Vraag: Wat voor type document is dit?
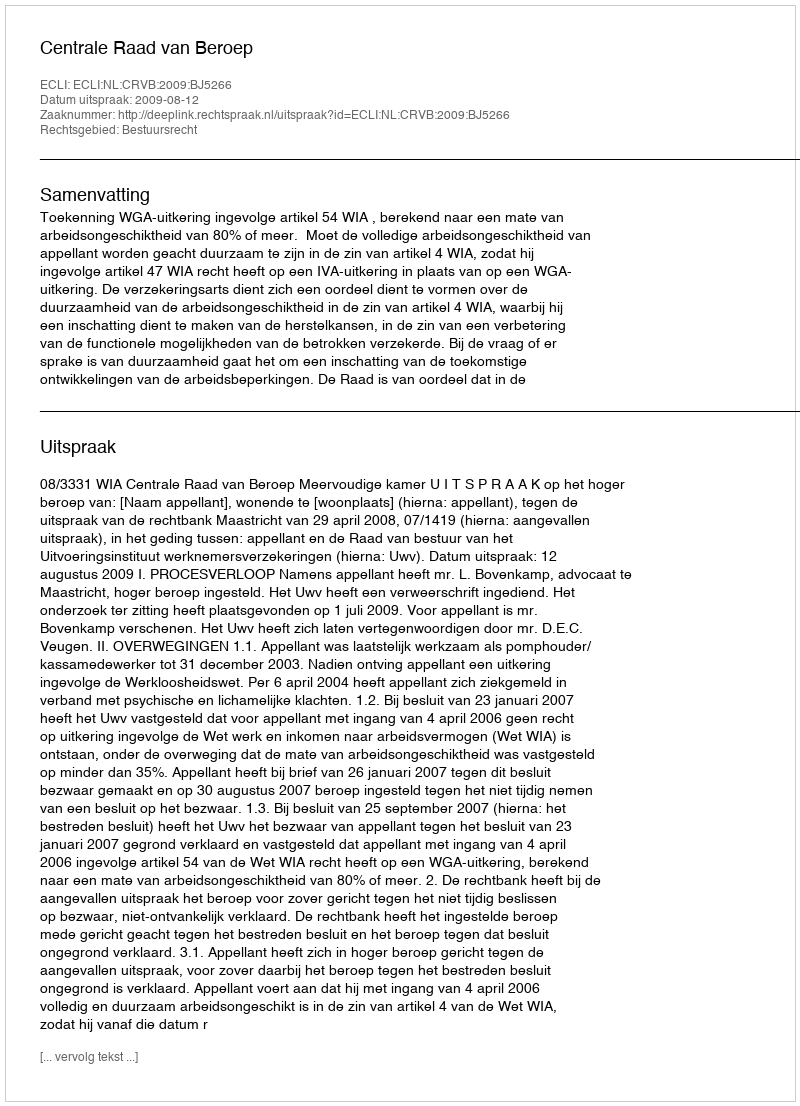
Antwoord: Uitspraak